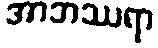
အာဘဿရာ